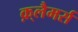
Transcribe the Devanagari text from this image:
क़्लैमर्स